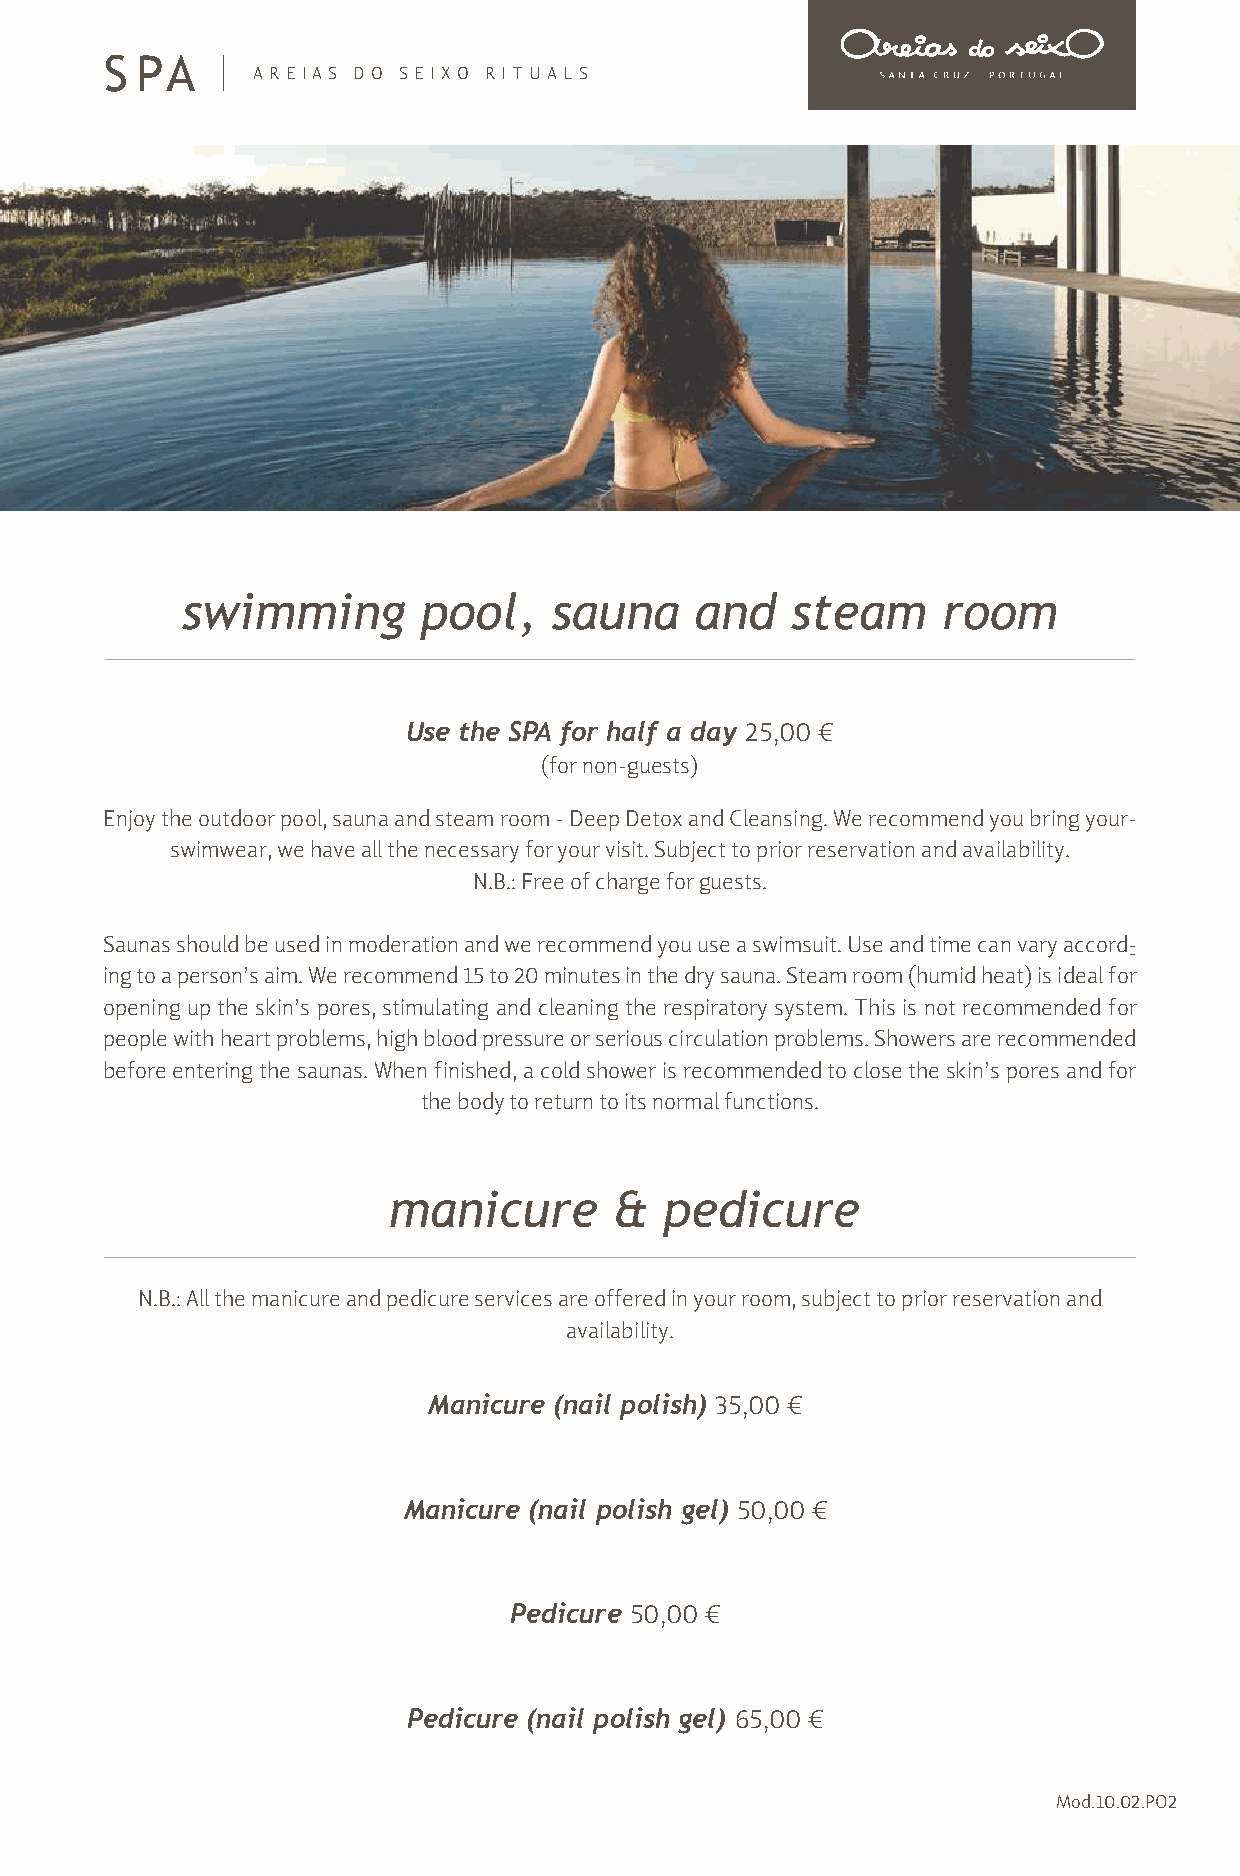
S PA
 ARE IAS DO SEIXO RITUALS
 swimming        pool,    sauna    and   steam     room
 Use the SPA for half a day 25,00 €
 (for non-guests)
 Enjoy the outdoor pool, sauna and steam room - Deep Detox and Cleansing. We recommend you bring your-
 swimwear, we have all the necessary for your visit. Subject to prior reservation and availability.
 N.B.: Free of charge for guests.
 Saunas should be used in moderation and we recommend you use a swimsuit. Use and time can vary accord-
 -
 ing to a person’s aim. We recommend 15 to 20 minutes in the dry sauna. Steam room (humid heat) is ideal for
 opening up the skin’s pores, stimulating and cleaning the respiratory system. This is not recommended for
 people with heart problems, high blood pressure or serious circulation problems. Showers are recommended
 before entering the saunas. When finished, a cold shower is recommended to close the skin’s pores and for
 the body to return to its normal functions.
 manicure       &  pedicure
 N.B.: All the manicure and pedicure services are offered in your room, subject to prior reservation and
 availability.
 Manicure (nail polish) 35,00 €
 Manicure (nail polish gel) 50,00 €
 Pedicure 50,00 €
 Pedicure (nail polish gel) 65,00 €
 Mod.10.02.PO2